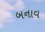
બનાવ